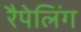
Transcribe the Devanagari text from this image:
रैपेलिंग